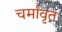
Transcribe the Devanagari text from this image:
चर्मावृत